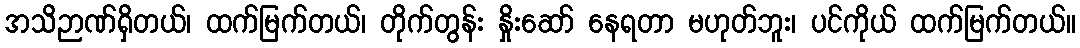
အသိဉာဏ်ရှိတယ်၊ ထက်မြက်တယ်၊ တိုက်တွန်း နှိုးဆော် နေရတာ မဟုတ်ဘူး၊ ပင်ကိုယ် ထက်မြက်တယ်။